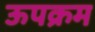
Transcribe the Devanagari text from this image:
ऊपक्रम